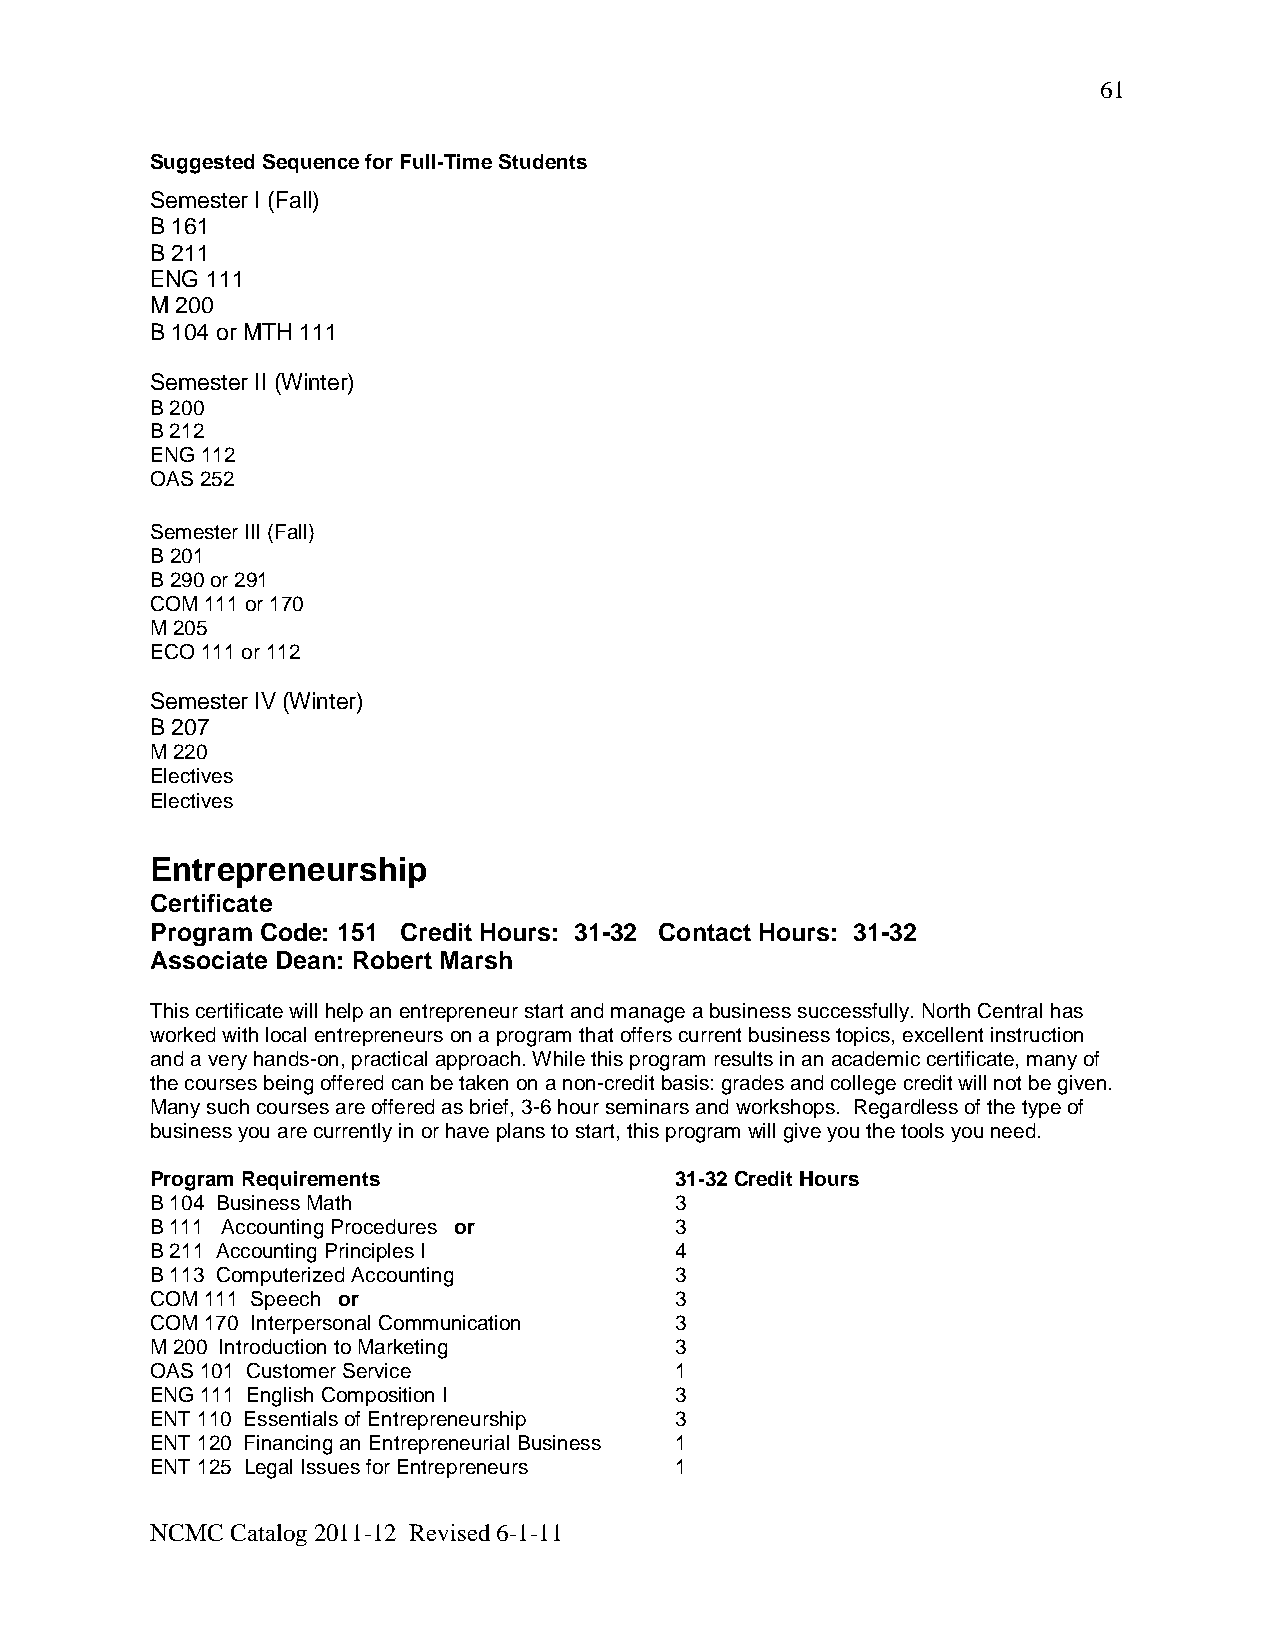
61
 Suggested Sequence for Full-Time Students
 Semester I (Fall)
 B 161
 B 211
 ENG 111
 M 200
 B 104 or MTH 111
 Semester II (Winter)
 B 200
 B 212
 ENG 112
 OAS 252
 Semester III (Fall)
 B 201
 B 290 or 291
 COM 111 or 170
 M 205
 ECO 111 or 112
 Semester IV (Winter)
 B 207
 M 220
 Electives
 Electives
 Entrepreneurship
 Certificate
 Program Code: 151 Credit Hours: 31-32 Contact Hours: 31-32
 Associate Dean: Robert Marsh
 This certificate will help an entrepreneur start and manage a business successfully. North Central has
 worked with local entrepreneurs on a program that offers current business topics, excellent instruction
 and a very hands-on, practical approach. While this program results in an academic certificate, many of
 the courses being offered can be taken on a non-credit basis: grades and college credit will not be given.
 Many such courses are offered as brief, 3-6 hour seminars and workshops. Regardless of the type of
 business you are currently in or have plans to start, this program will give you the tools you need.
 Program Requirements               31-32 Credit Hours
 B 104 Business Math                3
 B 111 Accounting Procedures or     3
 B 211 Accounting Principles I      4
 B 113 Computerized Accounting      3
 COM 111 Speech or                  3
 COM 170 Interpersonal Communication 3
 M 200 Introduction to Marketing    3
 OAS 101 Customer Service           1
 ENG 111 English Composition I      3
 ENT 110 Essentials of Entrepreneurship 3
 ENT 120 Financing an Entrepreneurial Business 1
 ENT 125 Legal Issues for Entrepreneurs 1
 NCMC Catalog 2011-12 Revised 6-1-11